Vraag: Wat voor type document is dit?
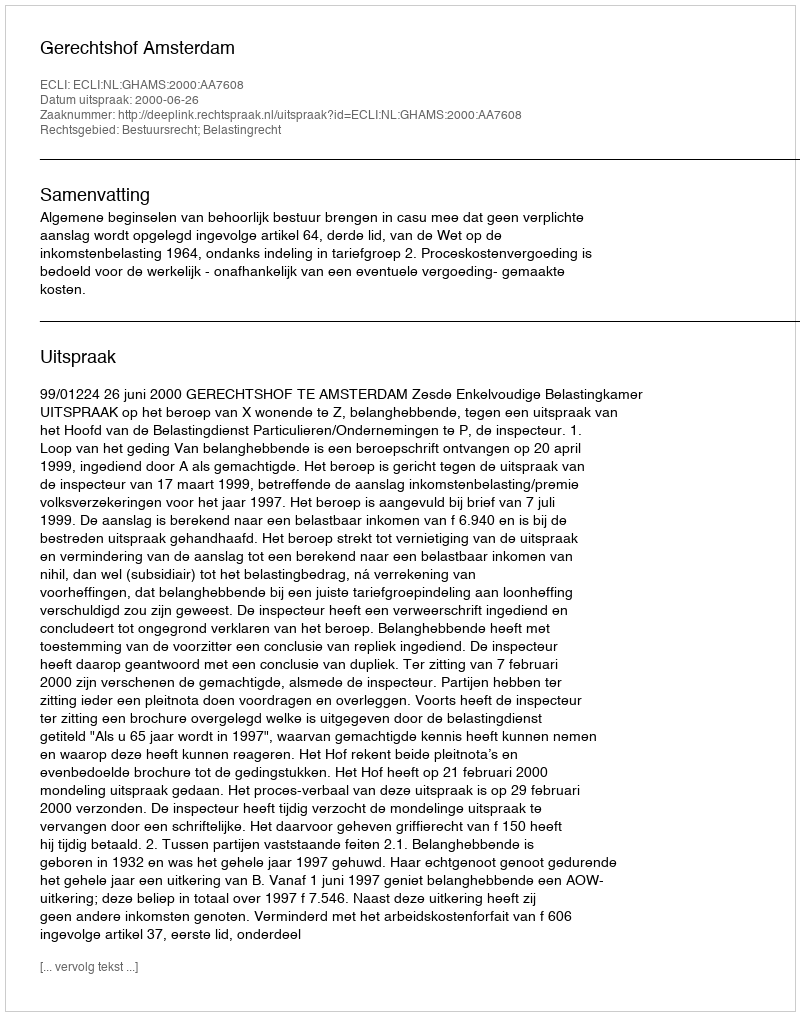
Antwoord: Uitspraak